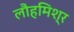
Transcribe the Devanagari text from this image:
लौहमिश्र